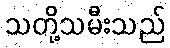
သတို့သမီးသည်